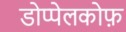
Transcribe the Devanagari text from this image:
डोप्पेलकोफ़